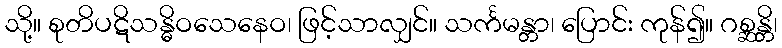
သို့။ စုတိပဋိသန္ဓိဝသေနေဝ၊ ဖြင့်သာလျှင်။ သင်္ကမန္တာ၊ ပြောင်း ကုန်၍။ ဂစ္ဆန္တိ၊